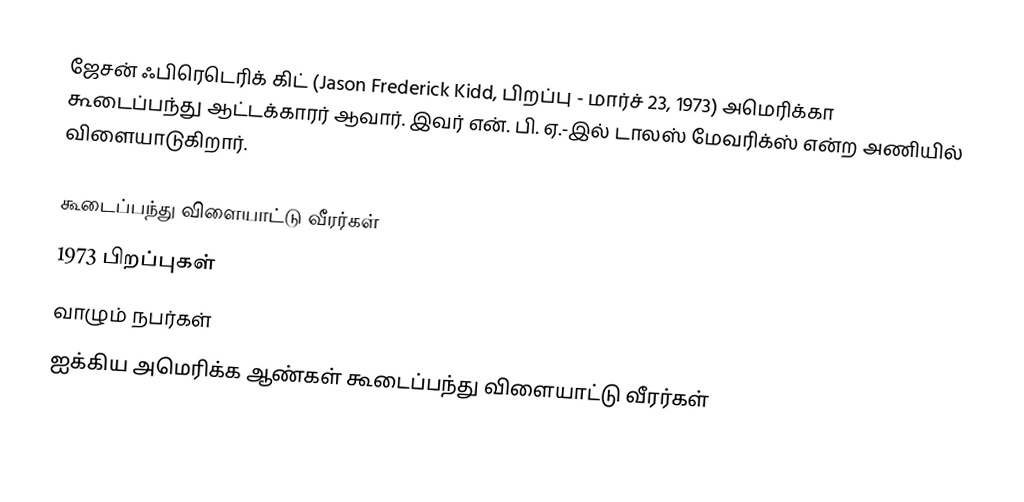
ஜேசன் ஃபிரெடெரிக் கிட் (Jason Frederick Kidd, பிறப்பு - மார்ச் 23, 1973) அமெரிக்கா கூடைப்பந்து ஆட்டக்காரர் ஆவார். இவர் என். பி. ஏ.-இல் டாலஸ் மேவரிக்ஸ் என்ற அணியில் விளையாடுகிறார்.

கூடைப்பந்து விளையாட்டு வீரர்கள்
1973 பிறப்புகள்
வாழும் நபர்கள்
ஐக்கிய அமெரிக்க ஆண்கள் கூடைப்பந்து விளையாட்டு வீரர்கள்